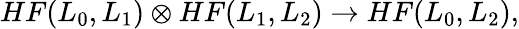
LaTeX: HF(L_{0},L_{1})\otimes HF(L_{1},L_{2})\rightarrow HF(L_{0},L_{2}),